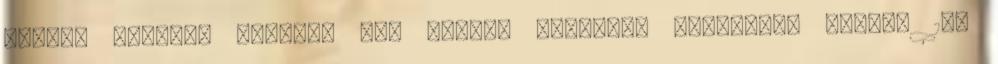
bátor, illetve vakmerő is. Sohase korrekt. Kidülledő szemek 18.